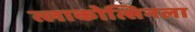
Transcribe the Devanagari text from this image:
त्लाकोत्सिनला